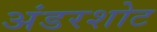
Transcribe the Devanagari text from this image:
अंडरशोट